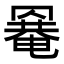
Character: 𦌌